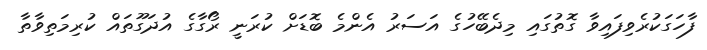
ފާހަގަކުރެވިފައިވާ ގޮތުގައި މިދެބޭހުގެ އަސަރު އެންމެ ބޮޑަށް ކުރަނީ ރޯގާގެ އުދަގޫތައް ކުރިމަތިވާތާ